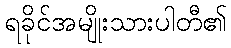
ရခိုင်အမျိုးသားပါတီ၏